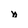
Character: n